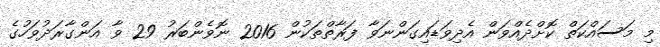
މި މަސައްކަތް ކޮށްދެއްވަން އެދިވަޑައިގަންނަވާ ފަރާތްތަކުން 2016 ނޮވެންބަރު 29 ވާ އަންގާރަދުވަހުގެ